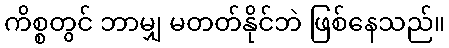
ကိစ္စတွင် ဘာမျှ မတတ်နိုင်ဘဲ ဖြစ်နေသည်။